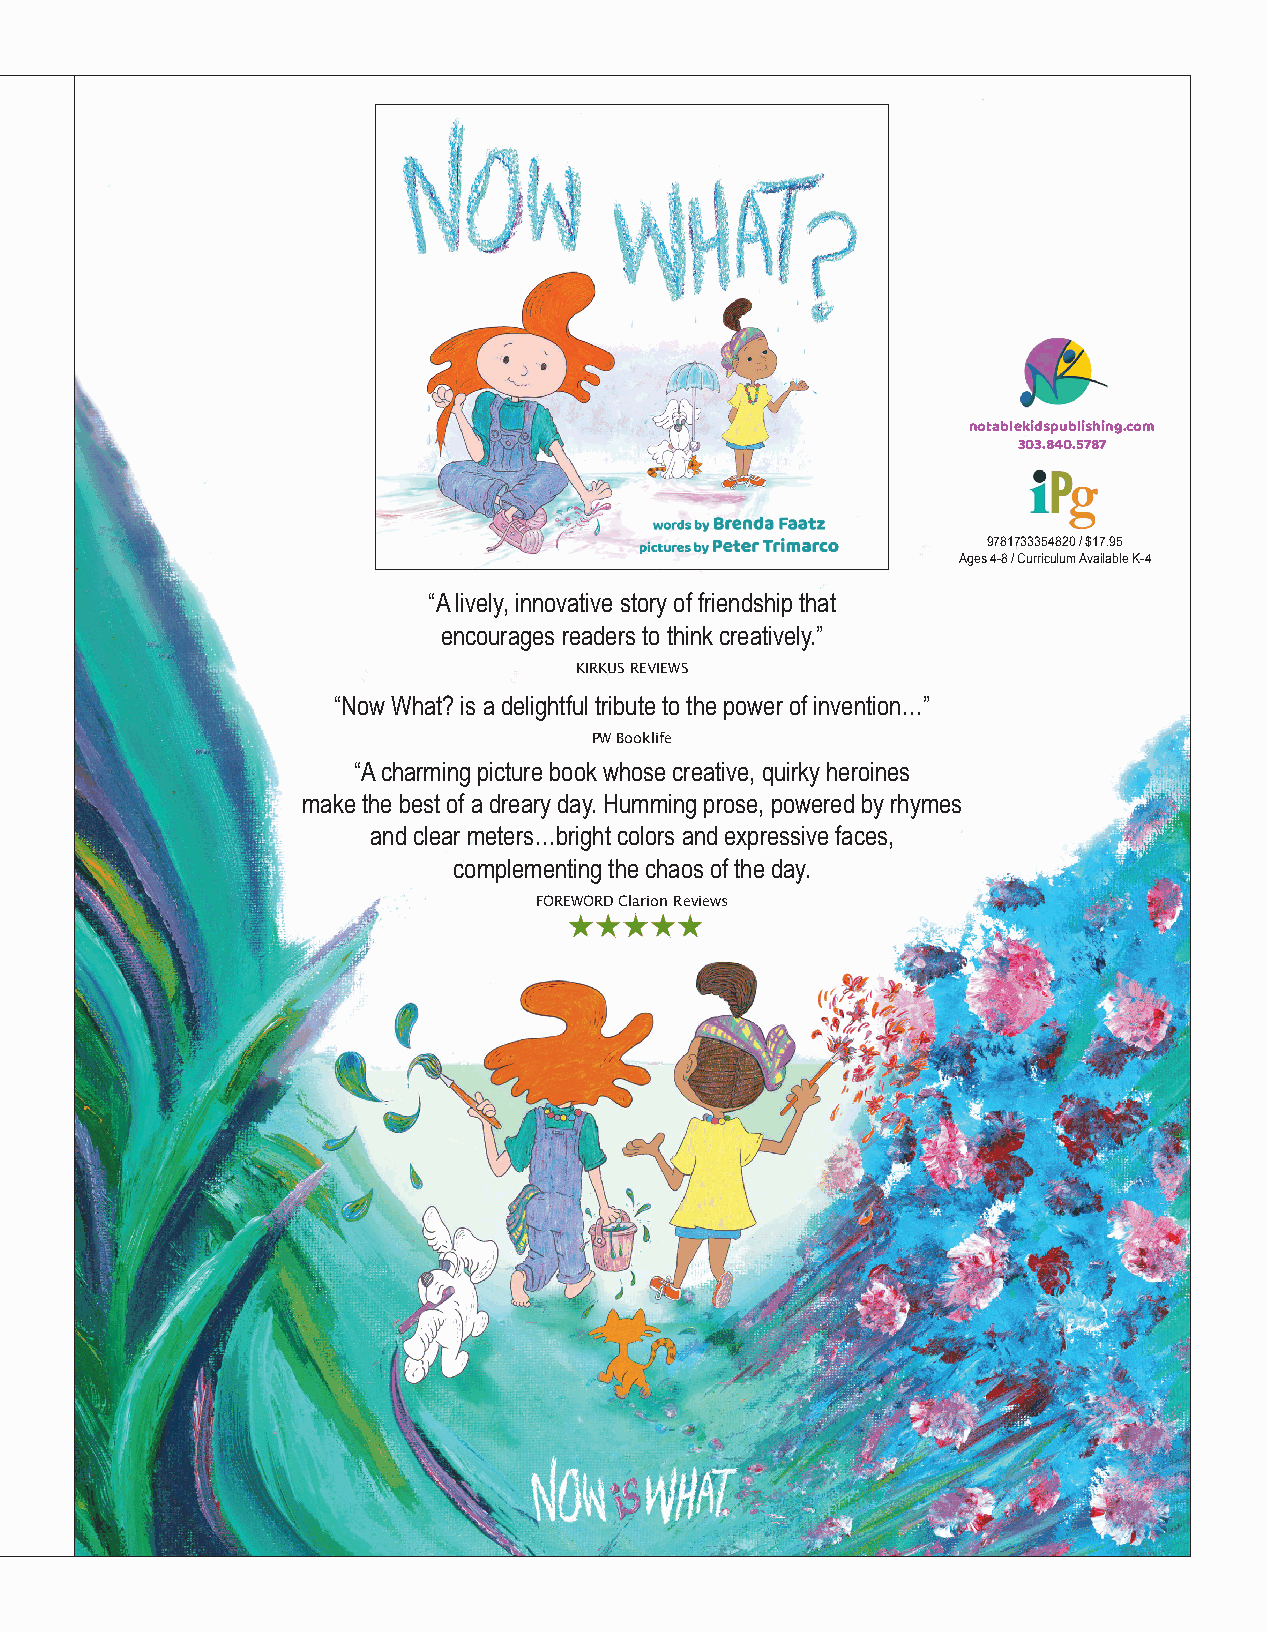
notablekidspublishing.com
 303.840.5787
 9781733354820 / $17.95
 Ages 4-8 / Curriculum Available K-4
 “A lively, innovative story of friendship that
 encourages readers to think creatively.”
 KIRKUS REVIEWS
 “Now What? is a delightful tribute to the power of invention…”
 PW Booklife
 “A charming picture book whose creative, quirky heroines
 make the best of a dreary day. Humming prose, powered by rhymes
 and clear meters…bright colors and expressive faces,
 complementing the chaos of the day.
 FOREWORD Clarion Reviews